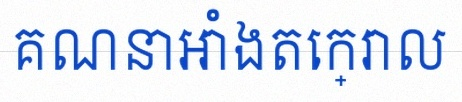
គណនាអាំងតេក្រាល